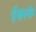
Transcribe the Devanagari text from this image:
ईश्वरके